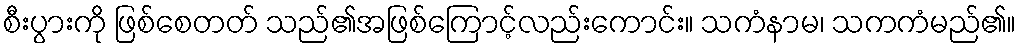
စီးပွားကို ဖြစ်စေတတ် သည်၏အဖြစ်ကြောင့်လည်းကောင်း။ သကံနာမ၊ သကကံမည်၏။